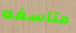
متأسفه